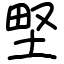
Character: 𡌛